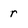
Character: r